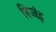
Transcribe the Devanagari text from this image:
रिजंट्स